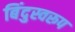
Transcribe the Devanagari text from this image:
बिंदुस्वरूप